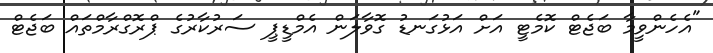
"އެހެންވީމާ ބަޖެޓް ކޮމެޓީ އަށް އަޅުގަނޑު ގޮވާލަން އެމްޑީޕީ ސަރުކާރުގެ ޕްރޮގްރާމްތައް ބަޖެޓް